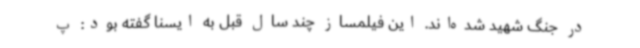
در جنگ شهید شده‌اند. این فیلمساز چند سال قبل به ایسنا گفته بود: پ